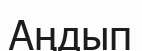
Аңдып